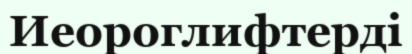
Иеороглифтерді